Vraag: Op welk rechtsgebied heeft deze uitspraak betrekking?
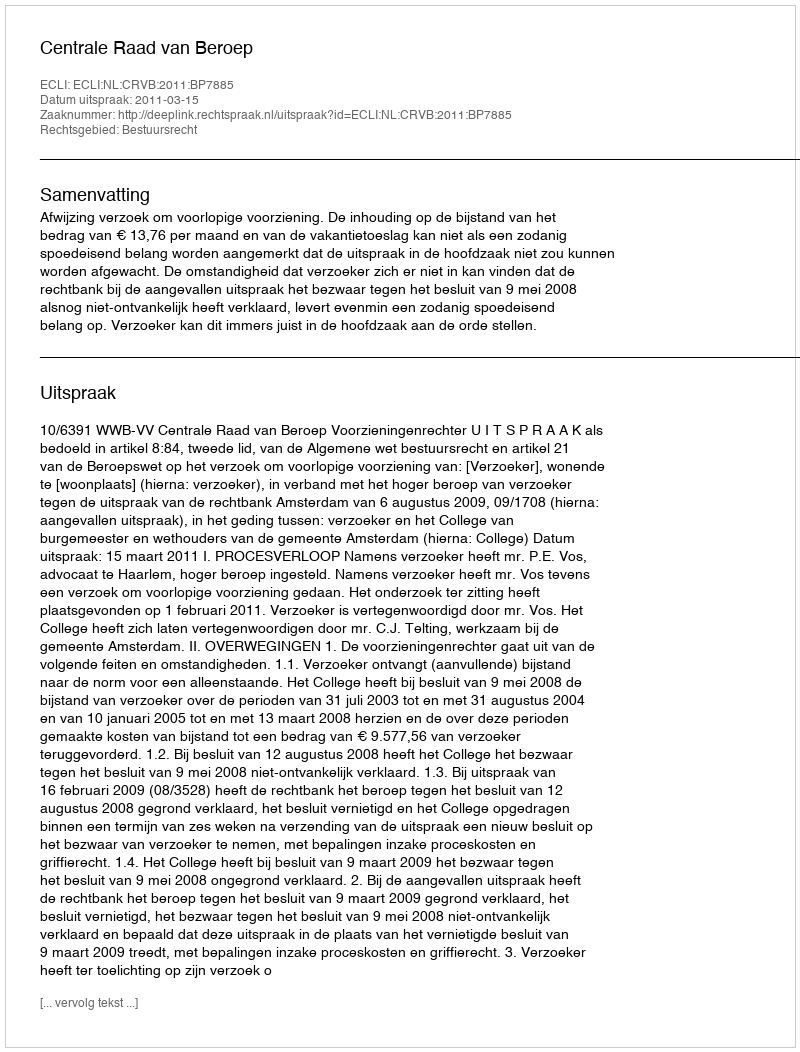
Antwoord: Bestuursrecht